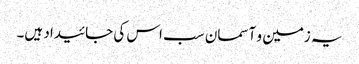
یہ زمین و آسمان سب اس کی جائیداد ہیں۔